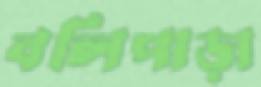
বলিপাড়া